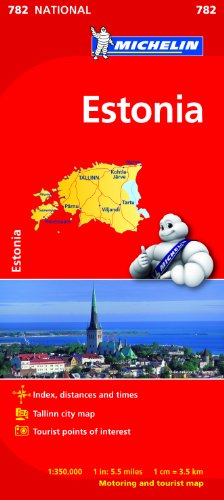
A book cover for Estonia (Michelin National Maps); Travel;